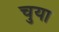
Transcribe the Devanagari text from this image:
चुया